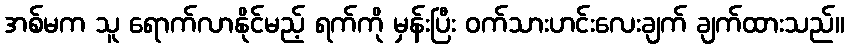
အစ်မက သူ ရောက်လာနိုင်မည့် ရက်ကို မှန်းပြီး ဝက်သားဟင်းလေးချက် ချက်ထားသည်။